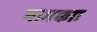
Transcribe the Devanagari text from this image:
मामकाः